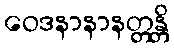
ဝေဒနာနာနတ္တန္တိ